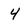
Character: 4